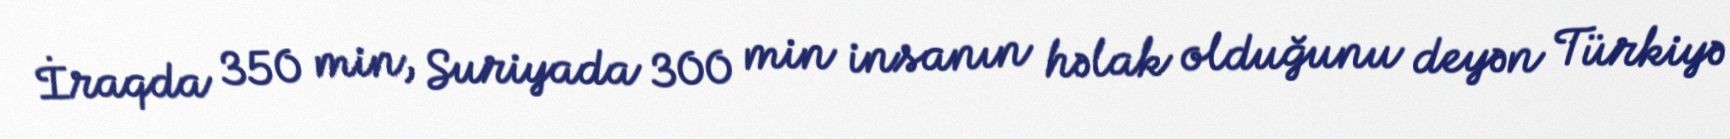
İraqda 350 min, Suriyada 300 min insanın həlak olduğunu deyən Türkiyə